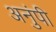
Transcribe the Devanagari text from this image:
अनुंपी